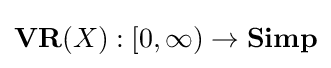
\mathbf {VR} (X):[0,\infty )\to \mathbf {Simp}